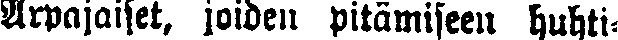
Arpajaiset, joiden pitämiseen huhti-